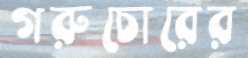
গরুচোরের